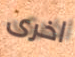
اخرى